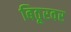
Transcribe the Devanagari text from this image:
बिठूरवर